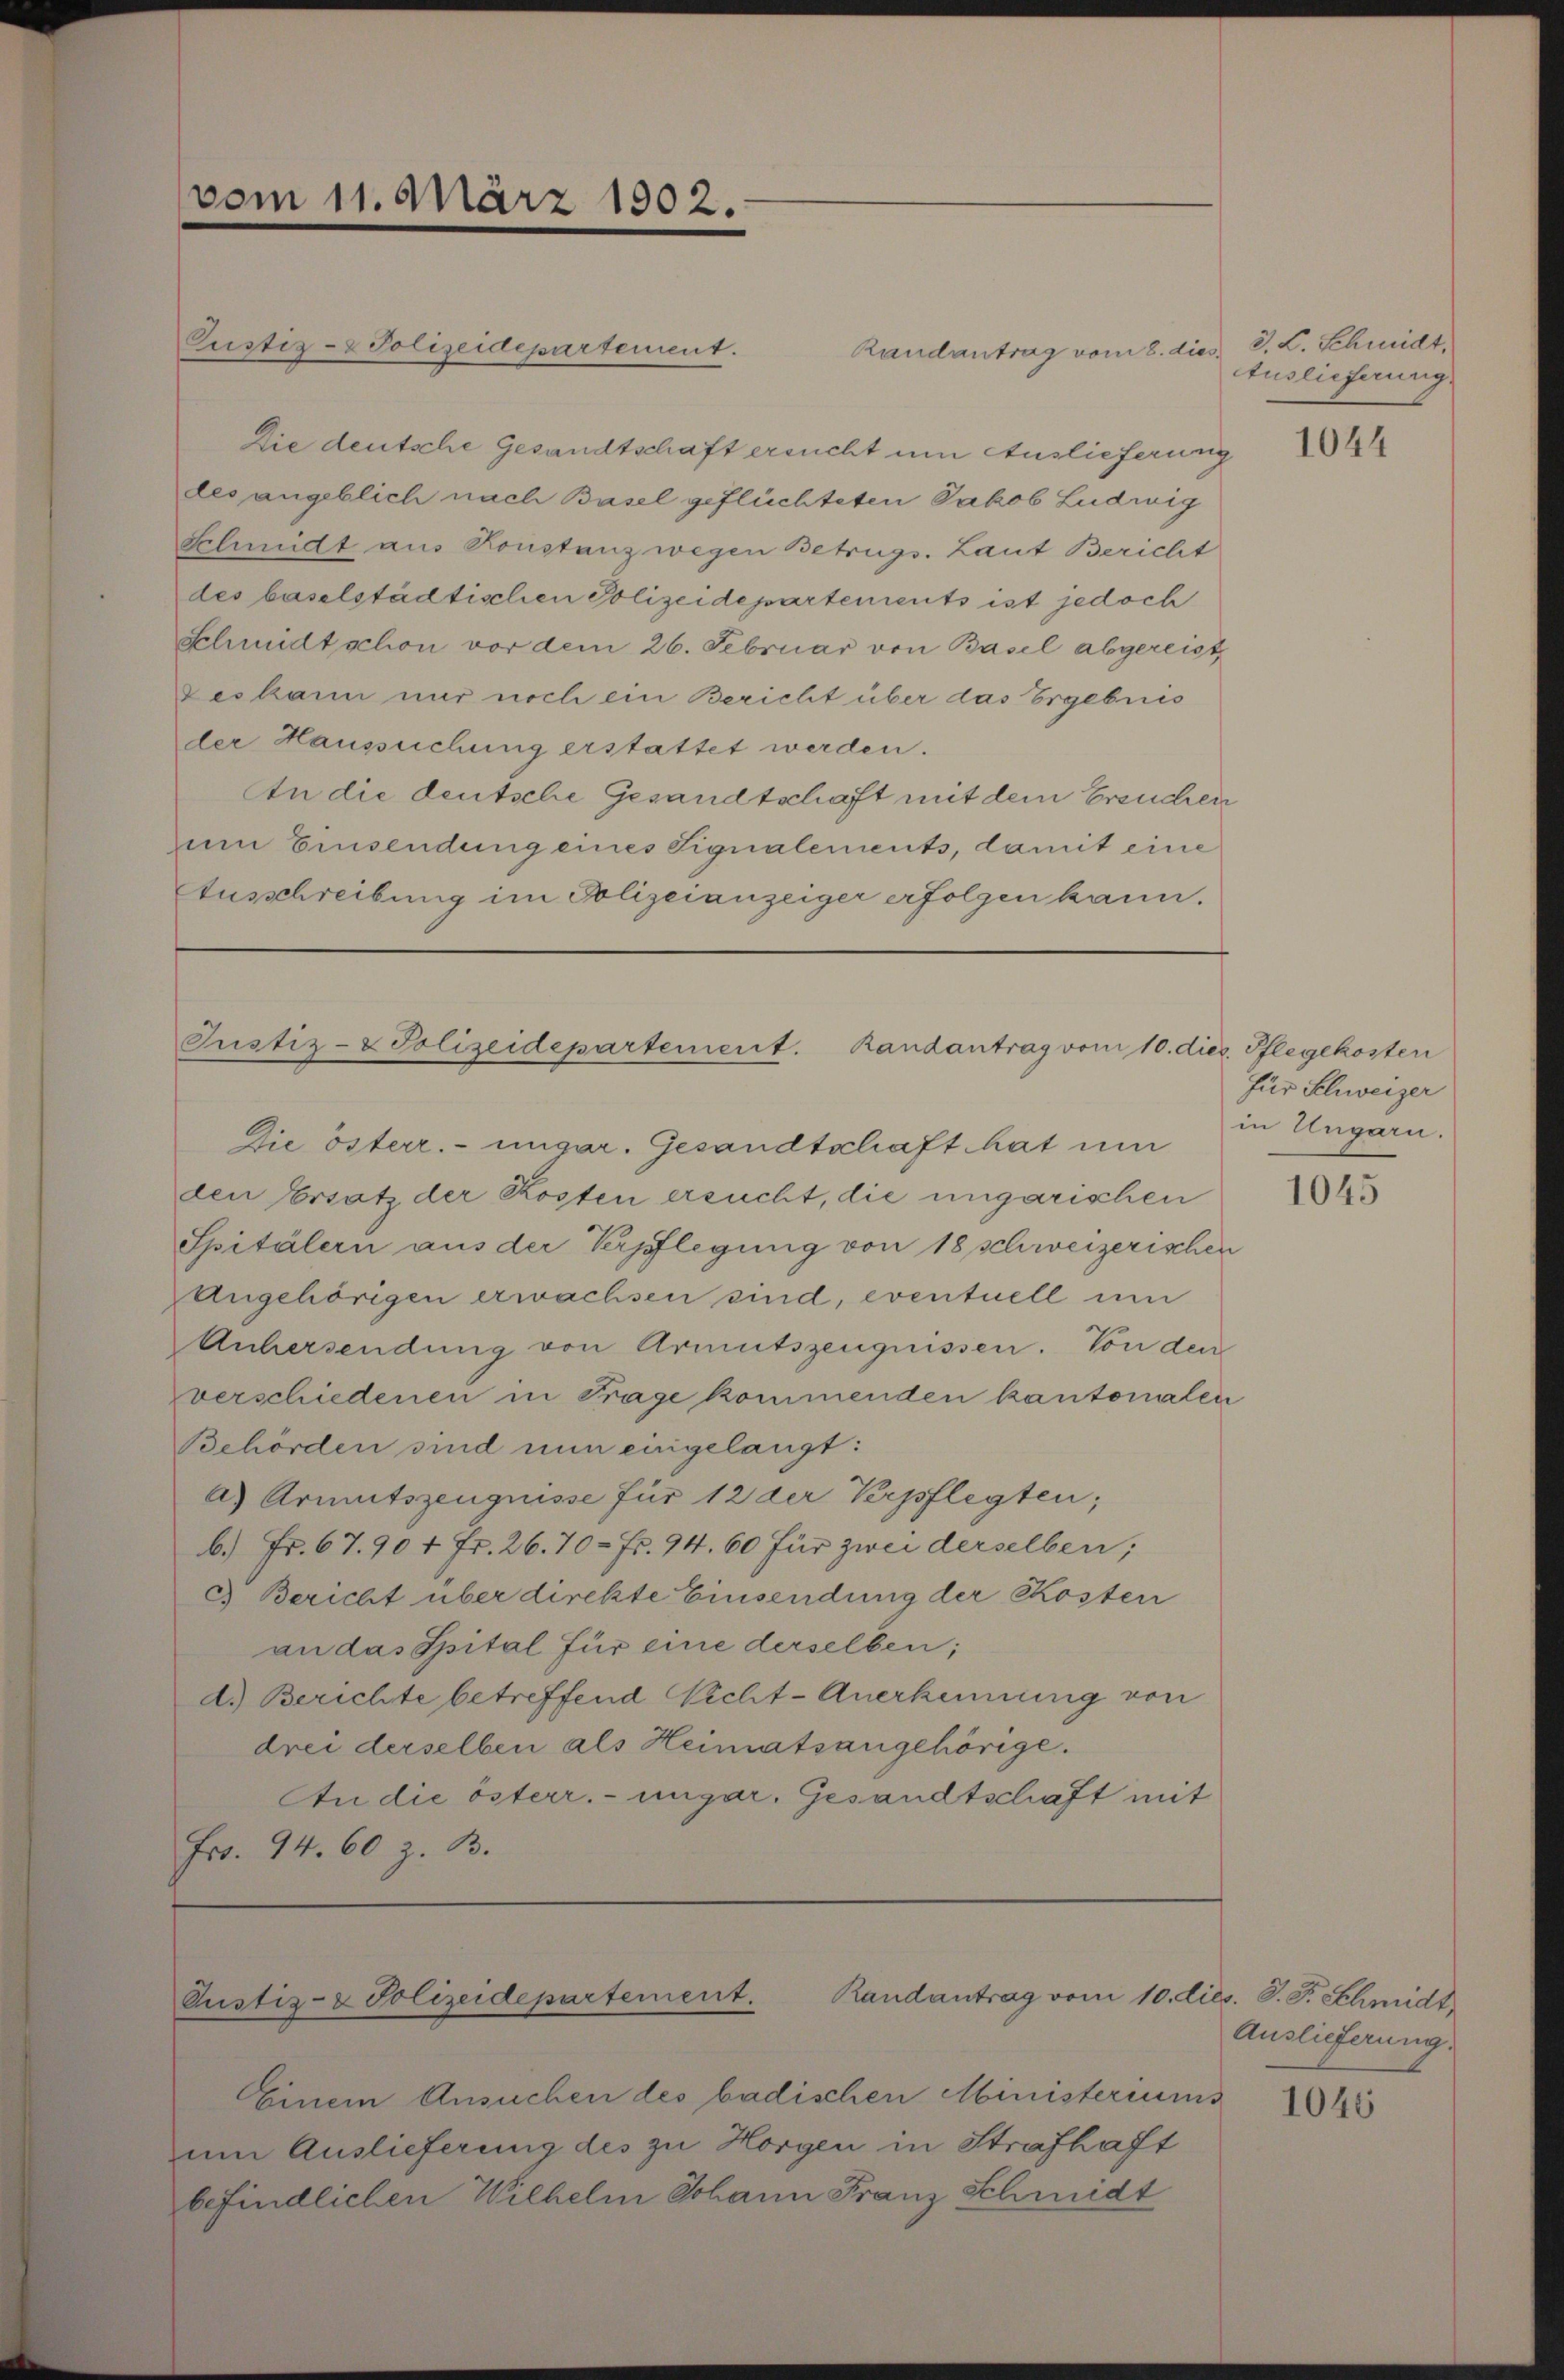
vom 11. März 1902.

Justiz- & Polizeidepartement. Randantrag vom 10. dies. Pflegekoster

Randantrag vom 10. dies. S. F. Schmidt,
Pustiz- & Polizeidepartement.

Custiz- & Polizeidepartement.
Randantrag vom 2. dies J. L. Schmidt,
Die deutsche Gesandtschaft ersucht um Auslieferung
des angeblich nach Basel geflüchteten Jakob Ludwig
Schmidt aus Konstanz wegen Betrugs. Laut Bericht
des baselstädtischen Polizeidepartements ist jedoch
Schmidtschon vor dem 26. Februar von Basel abgereist
Jeskann nur noch ein Bericht über das Ergebnis
der Haussuchung erstattet werden.
An die deutsche Gesandtschaft mit dem Ersuchen
zum Einsendung eines Signalements, damit eine
Ausschreibung im Polizeianzeiger erfolgen kann.

Die österr. ungar. Gesandtschaft hat um
den Ersatz der Kosten ersucht, die ungarischen
Spitälern aus der Verpflegung von 18 schweizerischen
Angehörigen erwachsen sind, eventuell um
Anhersendung von Armutszeugnissen. Von den
verschiedenen in Frage kommenden kantonalen
Behörden sind nun eingelangt:
a) Armutszeugnisse für 12 der Verpflegten;
b.) Fr. 67. 90 + Fr. 26. 70 Fr. 94. 60 für zwei derselben;
c. Bericht über direkte Einsendung der Kosten
an das Spital für eine derselben;
d.) Berichte betreffend Nicht-Anerkennung von
drei derselben als Heimatsangehörige.
An die österr. ungar. Gesandtschaft mit
Fr. 94. 60 z. B.

Einem Ansuchen des badischen Ministeriums
um Auslieferung des zu Horgen in Strafhaft
befindlichen Wilhelm Johann Franz Schmidt

Auslieferung.

1044

Für Schweizer
in Ungarn.

1045

Auslieferung.

1046